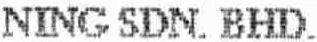
NING SDN. BHD.